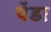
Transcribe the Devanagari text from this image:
पेंडा